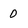
Character: 0